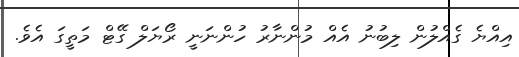
އިއްޔެ ގެއްލުން ލިބުނު އެއް މުންނާރު ހުންނަނީ ރޯޔަލް ގޭޓް މަތީގަ އެވެ.